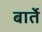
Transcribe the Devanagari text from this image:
बार्ते